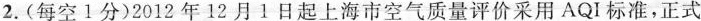
2.(每空1分)2012年12月1日起上海市空气质量评价采用AQI标准，正式